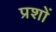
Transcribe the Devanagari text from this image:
प्रशों